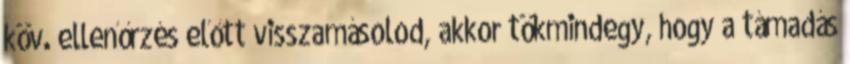
köv. ellenőrzés előtt visszamásolod, akkor tökmindegy, hogy a támadás